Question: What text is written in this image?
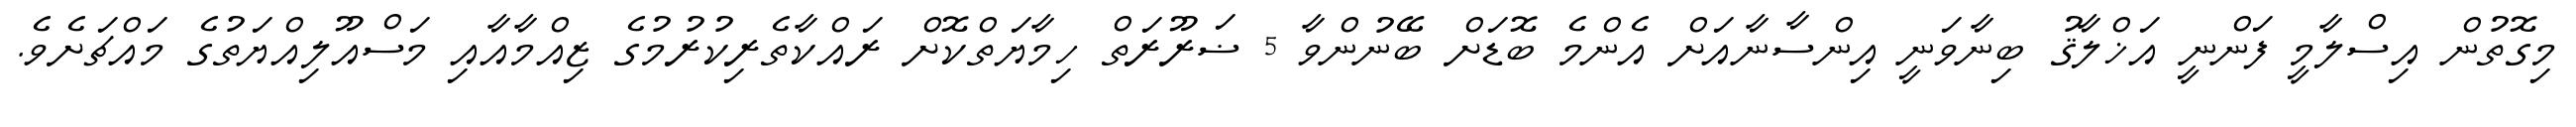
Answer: މިގޮތުން އިސްލާމީ ފަންނީ އަޚްލާޤު ބިނާވަނީ އިންސާނާއަށް އެންމެ ބޮޑަށް ބޭނުންވާ 5 ޟަރޫރަތް ހިމާޔަތްކޮށް ރައްކާތެރިކުރުމުގެ ޒިއްމާއާއި މަސްއޫލިއްޔަތުގެ މައްޗަށެވެ.